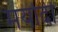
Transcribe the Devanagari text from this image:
मर्यादी